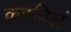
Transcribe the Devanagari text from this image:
करविलं